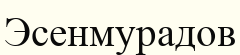
Эсенмурадов